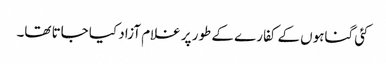
کئی گناہوں کے کفارے کے طور پر غلام آزاد کیا جاتا تھا۔